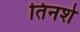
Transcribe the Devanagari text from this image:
तिनशे